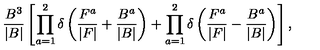
\frac { B ^ { 3 } } { | B | } \left[ \prod _ { a = 1 } ^ { 2 } \delta \left( \frac { F ^ { a } } { | F | } + \frac { B ^ { a } } { | B | } \right) + \prod _ { a = 1 } ^ { 2 } \delta \left( \frac { F ^ { a } } { | F | } - \frac { B ^ { a } } { | B | } \right) \right] ,